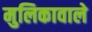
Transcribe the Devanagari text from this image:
मुलिकावाले